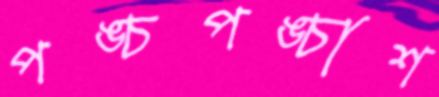
পঙ্চপঙ্চাশ